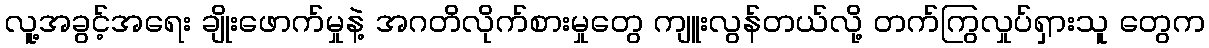
လူ့အခွင့်အရေး ချိုးဖောက်မှုနဲ့ အဂတိလိုက်စားမှုတွေ ကျူးလွန်တယ်လို့ တက်ကြွလှုပ်ရှားသူ တွေက